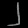
Digit: ၂